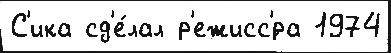
С'ика сд'е́лал р'ежисс'́ра 1974